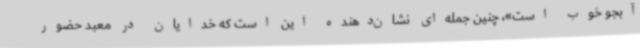
آبجو خوب است»، چنین جمله‌ای نشان‌دهنده این است که خدایان در معبد حضور